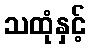
သထုံနှင့်